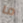
ما